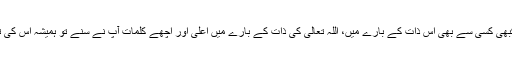
لیکن اگر کبھی کسی سے بھی اس ذات کے بارے میں، اللہ تعالیٰ کی ذات کے بارے میں اعلیٰ اور اچھے کلمات آپؐ نے سنے تو ہمیشہ اس کی تعریف کی۔